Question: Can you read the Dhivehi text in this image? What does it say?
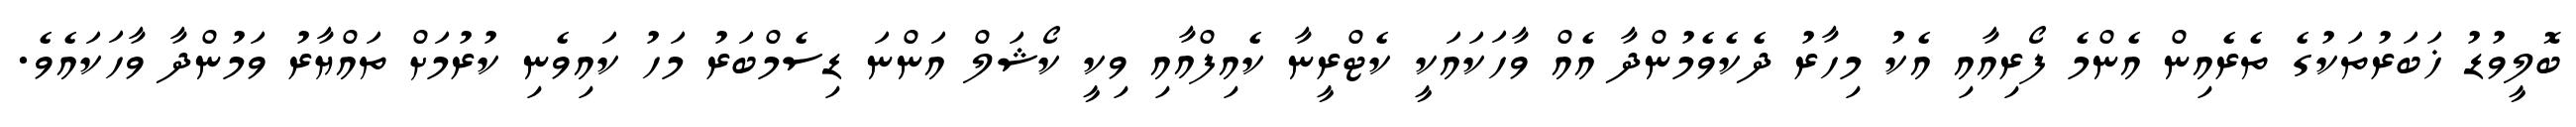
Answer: ބޮލީވުޑު ޚަބަރުތަކުގެ ތެރެއިން އެންމެ ފޯރިއާއި އެކު މިހާރު ދެކެވެމުންދާ އެއް ވާހަކައަކީ ކެޓްރީނާ ކެއިފްއާއި ވިކީ ކޯޝަލް އަންނަ ޑިސެމްބަރު މަހު ކައިވެނި ކުރުމަށް ތައްޔާރު ވަމުންދާ ވާހަކައެވެ.